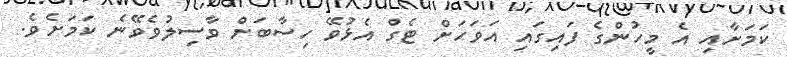
ކަމަށާއި އެ މީހުންގެ ފައިގައި އަވަހަށް ޓެގް އެޅުވޭ ހިސާބަށް ވާސިލުވެވޭނެ ކަމަށެވެ.